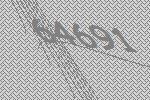
64691